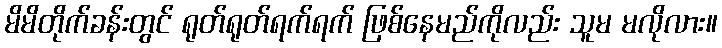
မိမိတိုက်ခန်းတွင် ရုတ်ရုတ်ရက်ရက် ဖြစ်နေမည်ကိုလည်း သူမ မလိုလား။